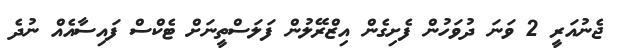
ޖެނުއަރީ 2 ވަނަ ދުވަހުން ފެށިގެން އިޒްރޭލުން ފަލަސްތީނަށް ޓެކްސް ފައިސާއެއް ނުދެ